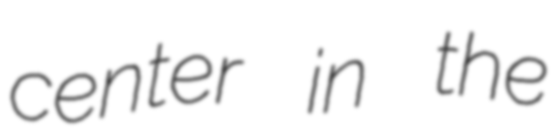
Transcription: center in the